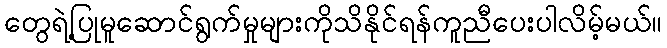
တွေရဲ့ပြုမူဆောင်ရွက်မှုများကိုသိနိုင်ရန်ကူညီပေးပါလိမ့်မယ်။